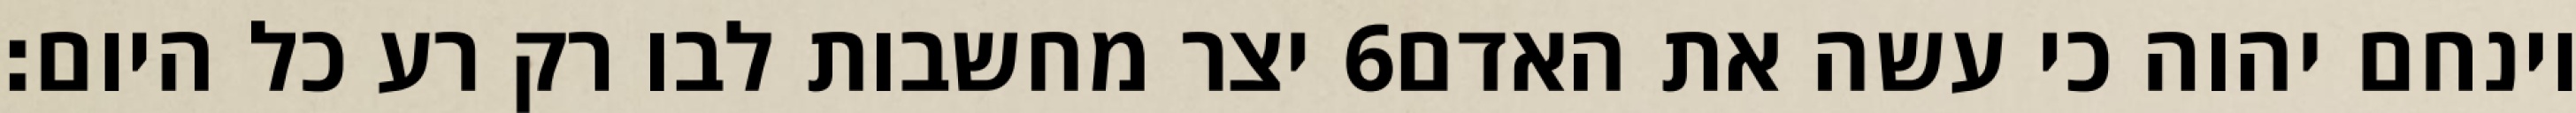
יצר מחשבות לבו רק רע כל היום׃ ‎6‏ וינחם יהוה כי עשה את האדם